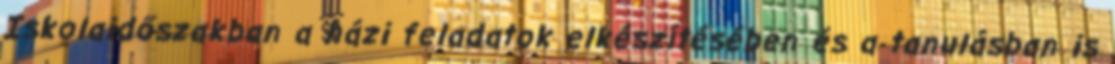
Iskolaidőszakban a házi feladatok elkészítésében és a tanulásban is